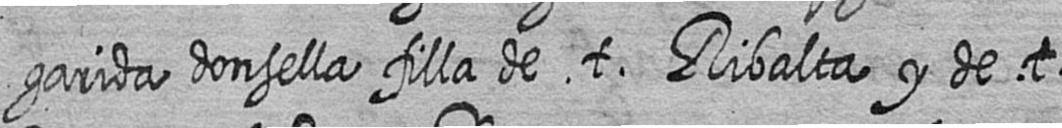
garida donsella filla de t Ribalta y de t